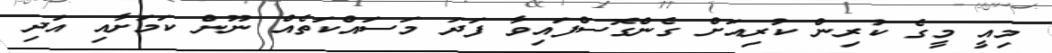
މިއީ މީގެ ކުރިން ކުރިއަށް ގެންގޮސްފައިވާ ފަދަ މަސައްކަތެއް ނޫން ކަމަށާއި އަދި